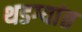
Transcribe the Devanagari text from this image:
थडग्यांत